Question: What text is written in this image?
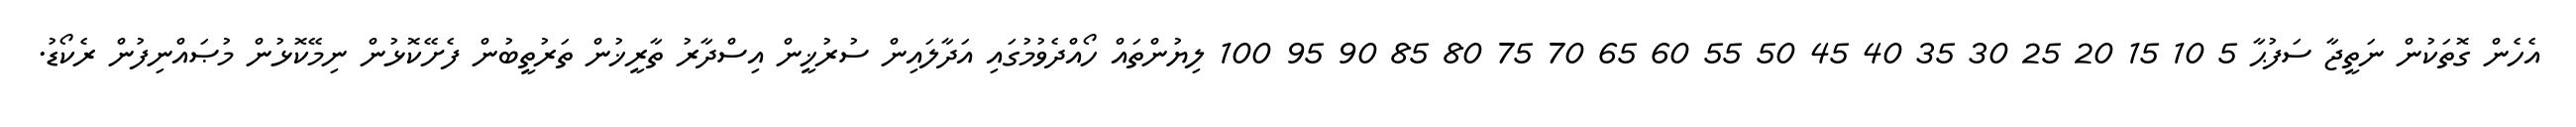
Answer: އެހެން ގޮތަކުން ނަތީޖާ ސަފުޙާ 5 10 15 20 25 30 35 40 45 50 55 60 65 70 75 80 85 90 95 100 ލިޔުންތައް ހޯއްދެވުމުގައި އަދާލައިން ސުރުޚީން އިސްދާރު ތާރީޚުން ތަރުތީބުން ފެށޭކޮޅުން ނިމޭކޮޅުން މުޞައްނިފުން ރެކޯޑު.